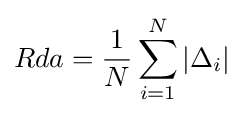
Rda={\frac {1}{N}}\sum _{i=1}^{N}|\Delta _{i}|